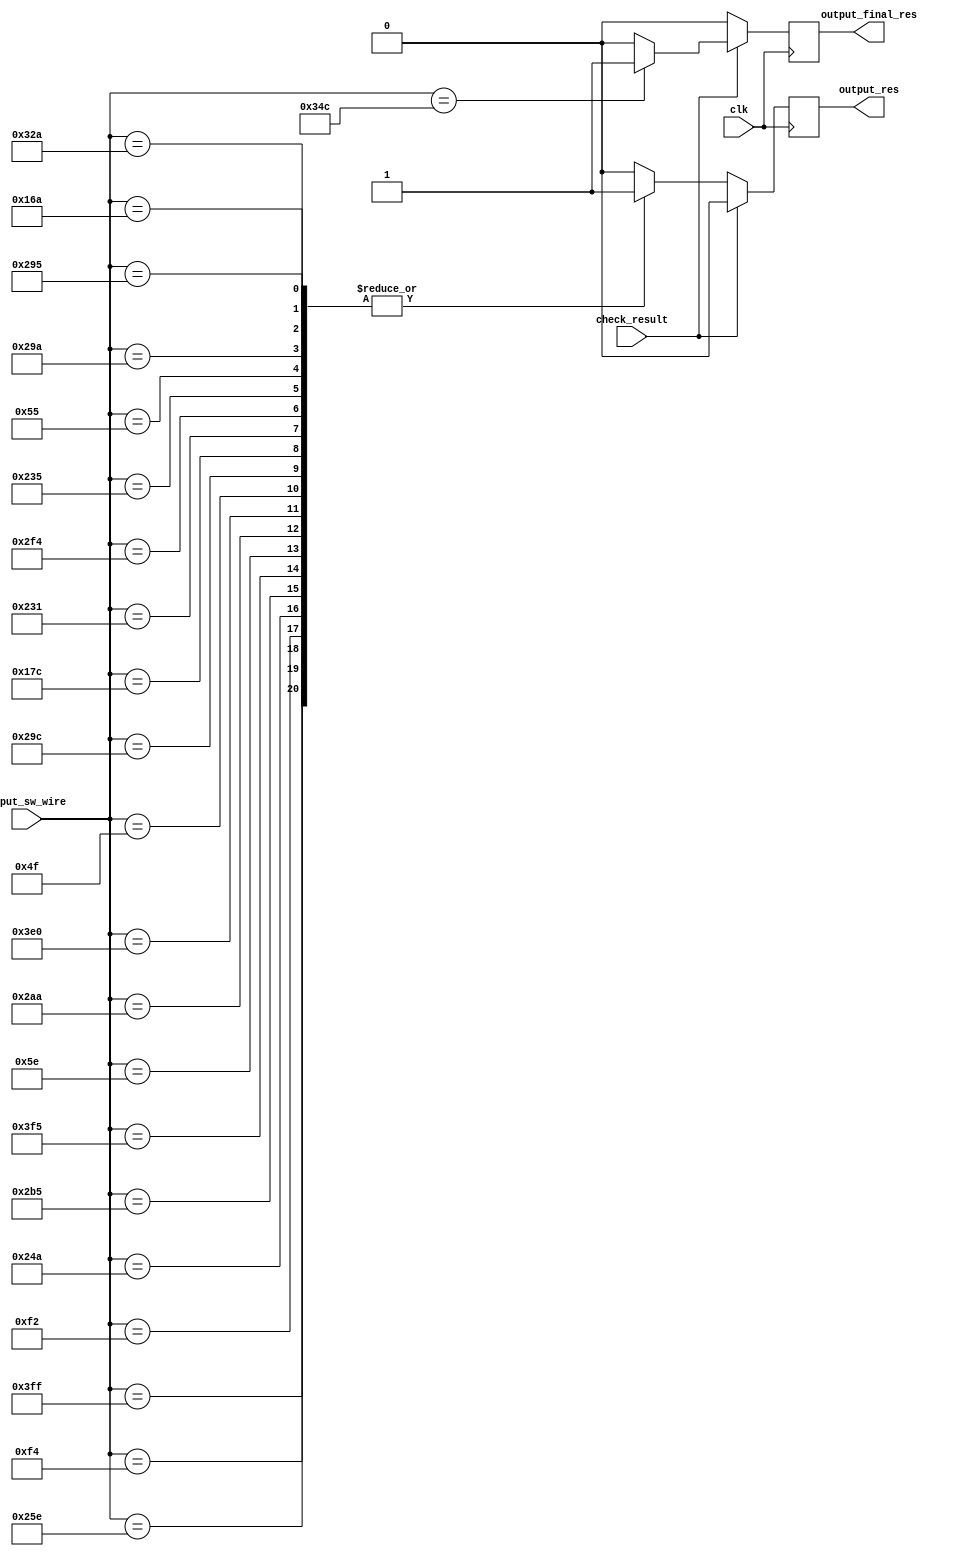
module check_keys(
	clk,
	input_sw_wire,
	check_result,
	output_res,
	output_final_res
);

	input clk;
	input[9:0] input_sw_wire;
	input check_result;
	output reg output_res;
	output reg output_final_res;
	
	initial
	begin
		output_res = 1'b0;
		output_final_res = 1'b0;
	end
	
	always@(posedge clk)
	begin
		if(!check_result)
		begin
			output_final_res = 1'b0;
			case(input_sw_wire)
				10'b1111111111 : output_res = 1'b1;	
				10'b0011110100 : output_res = 1'b1;
				10'b1001011110 : output_res = 1'b1;
				10'b0011110010 : output_res = 1'b1;
				10'b1001001010 : output_res = 1'b1;
				10'b1010110101 : output_res = 1'b1;
				10'b1111110101 : output_res = 1'b1;
				10'b0001011110 : output_res = 1'b1;
				10'b1010101010 : output_res = 1'b1;
				10'b1111100000 : output_res = 1'b1;
				10'b0001001111 : output_res = 1'b1;
				10'b1010011100 : output_res = 1'b1;
				10'b0101111100 : output_res = 1'b1;
				10'b1000110001 : output_res = 1'b1;
				10'b1011110100 : output_res = 1'b1;
				10'b1000110101 : output_res = 1'b1;
				10'b0001010101 : output_res = 1'b1;
				10'b1010011010 : output_res = 1'b1;
				10'b0101101010 : output_res = 1'b1;
				10'b1010010101 : output_res = 1'b1;
				10'b1100101010 : output_res = 1'b1;
				default : output_res = 1'b0;
			endcase
		end
		else begin
			output_res = 1'b0;
			if(input_sw_wire == 10'b1101001100)
			begin
				output_final_res = 1'b1;
			end
			else begin
				output_final_res = 1'b0;
			end
		end
		
	end

endmodule